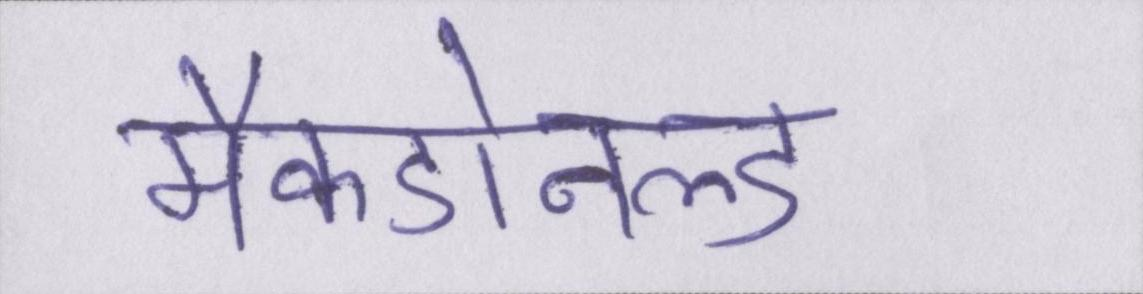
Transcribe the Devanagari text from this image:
मैकडोनल्ड